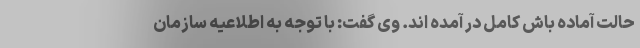
حالت آماده باش کامل در آمده اند. وی گفت: با توجه به اطلاعیه سازمان